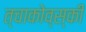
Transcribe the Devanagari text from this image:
त्चाकोव्स्की